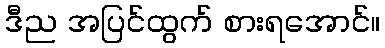
ဒီည အပြင်ထွက် စားရအောင်။